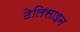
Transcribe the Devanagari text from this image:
टेलिसाइन